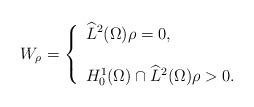
LaTeX: \begin{align*}W_{\rho }=\left\{\begin{array}{l}\widehat{L}^{2}(\Omega )\rho =0, \\\\H_{0}^{1}(\Omega )\cap \widehat{L}^{2}(\Omega )\rho >0.\end{array}\right. \end{align*}